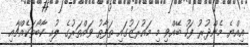
އިއްޔެ މެންދުރު ފަހު ބޭއްވި މި މައުރަޒުގައި ތަފާތު ވައްތަރުގެ ލުއި ކާބޯތަކެއްޗާއި